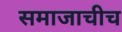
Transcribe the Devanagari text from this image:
समाजाचीच